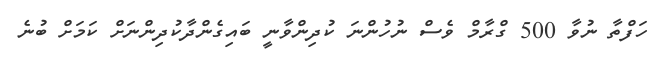
ހަފްތާ ނުވާ 500 ގްރާމް ވެސް ނުހުންނަ ކުދިންވާނީ ބައިގެންދާކުދިންނަށް ކަމަށް ބުނެ